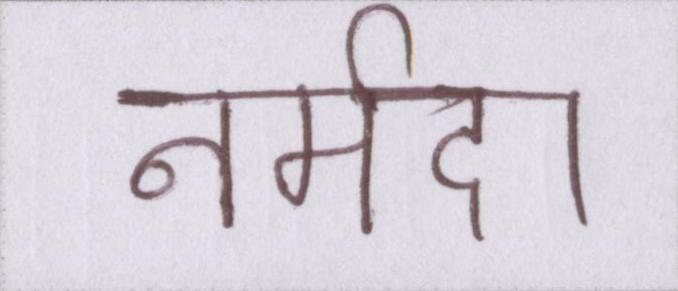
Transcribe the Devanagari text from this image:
नर्मदा